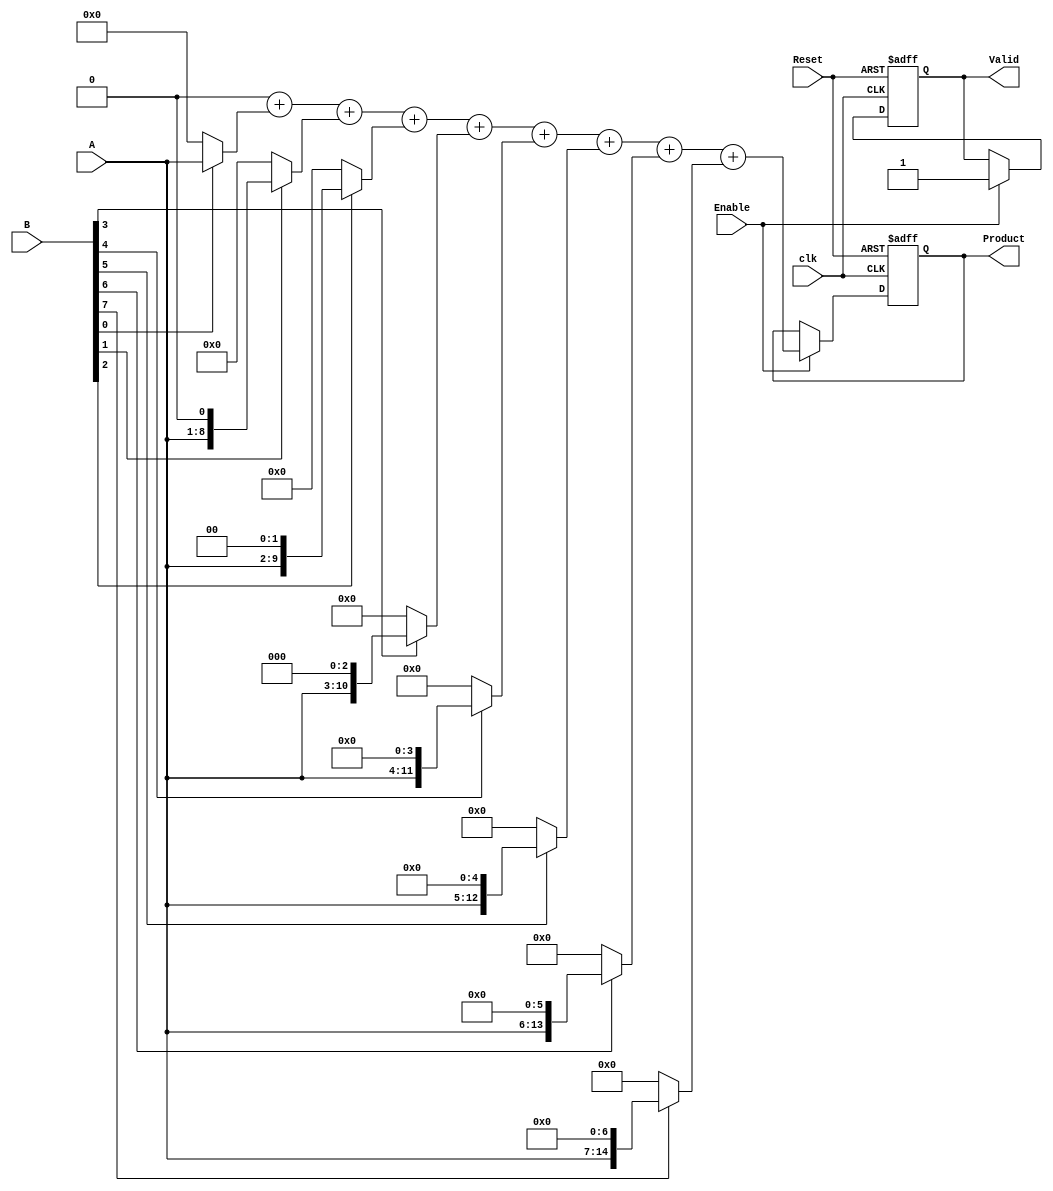
module PartialProductAccumulator #(
    parameter N = 8, // Bit width of Operand A
    parameter M = 8  // Bit width of Operand B
)(
    input  wire [N-1:0] A,        // Operand 1 (multiplicand)
    input  wire [M-1:0] B,        // Operand 2 (multiplier)
    input  wire Enable,            // Control signal to enable accumulation
    input  wire Reset,             // Asynchronous reset signal
    input  wire clk,               // Clock signal
    output reg  [(N+M)-1:0] Product, // Final product output
    output reg  Valid              // Signal indicating product is valid
);

    // Internal signals
    reg [(N+M)-1:0] partial_products [0:M-1]; // Array to hold partial products
    reg [(N+M)-1:0] sum;                        // Sum of partial products
    integer i;

    // Partial Product Generation
    always @(*) begin
        for (i = 0; i < M; i = i + 1) begin
            partial_products[i] = (B[i] ? A << i : 0); // Generate partial product
        end
    end

    // Accumulator Logic
    always @(posedge clk or posedge Reset) begin
        if (Reset) begin
            Product <= 0; // Clear product on reset
            Valid <= 0;   // Invalidate product
        end else if (Enable) begin
            sum = 0;
            // Sum all partial products
            for (i = 0; i < M; i = i + 1) begin
                sum = sum + partial_products[i];
            end
            Product <= sum; // Update product with accumulated sum
            Valid <= 1;     // Set valid signal
        end
    end

endmodule